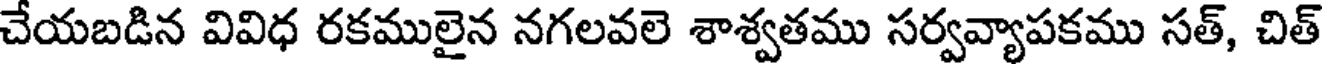
చేయబడిన వివిధ రకములైన నగలవలె శాశ్వతము సర్వవ్యాపకము సత్, చిత్